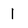
Character: 1